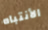
الأنتباه